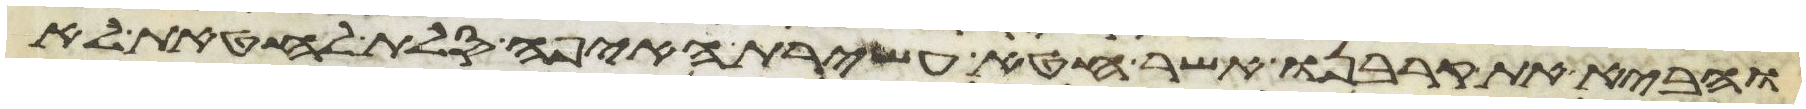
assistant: והביא את קרבנו אשר חטא עשירת האיפה סלת לחטאת לא